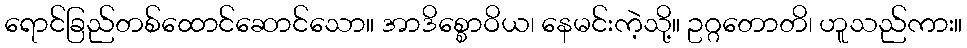
ရောင်ခြည်တစ်ထောင်ဆောင်သော။ အာဒိစ္စောဝိယ၊ နေမင်းကဲ့သို့။ ဥဂ္ဂတောတိ၊ ဟူသည်ကား။